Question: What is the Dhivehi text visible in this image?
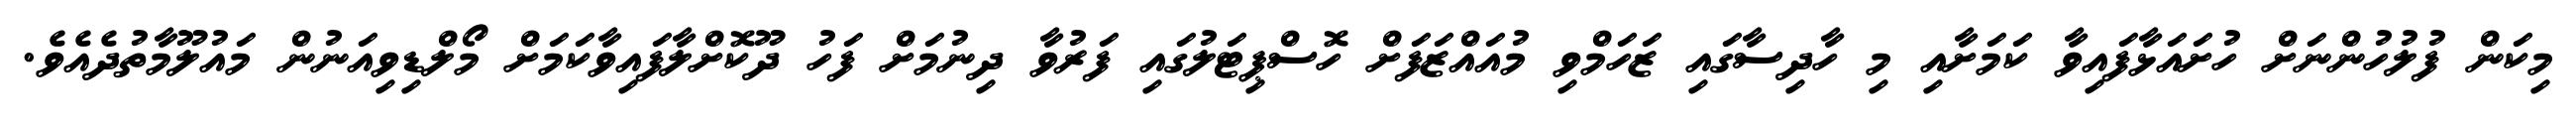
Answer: މިކަން ފުލުހުންނަށް ހުށައަޅާފައިވާ ކަމަށާއި މި ހާދިސާގައި ޒަހަމްވި މުއައްޒަފަށް ހޮސްޕިޓަލުގައި ފަރުވާ ދިނުމަށް ފަހު ދޫކޮށްލާފައިވާކަމަށް މޯލްޑިވިއަނުން މައުލޫމާތުދެއެވެ.